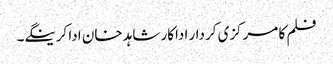
فلم کا مرکزی کردار اداکار شاہد خان ادا کرینگے۔